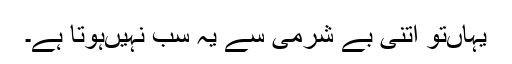
یہاںتو اتنی بے شرمی سے یہ سب نہیںہوتا ہے۔